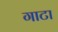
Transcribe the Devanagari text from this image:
गाटा